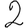
Digit: 2